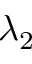
\lambda _ { 2 }